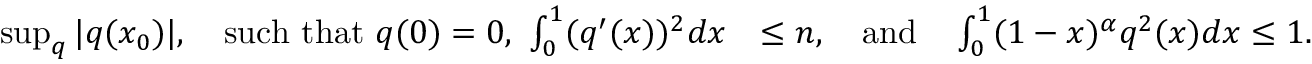
\begin{array} { r l } { \operatorname* { s u p } _ { q } | q ( \ensuremath { { x _ { 0 } } } ) | , \quad \mathrm { s u c h ~ t h a t ~ } q ( 0 ) = 0 , ~ \int _ { 0 } ^ { 1 } ( q ^ { \prime } ( x ) ) ^ { 2 } d x } & { \leq \ensuremath { n } , \quad \mathrm { a n d } \quad \int _ { 0 } ^ { 1 } ( 1 - x ) ^ { \alpha } q ^ { 2 } ( x ) d x \leq 1 . } \end{array}